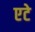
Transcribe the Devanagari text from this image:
एटे